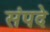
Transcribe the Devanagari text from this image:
संपदे